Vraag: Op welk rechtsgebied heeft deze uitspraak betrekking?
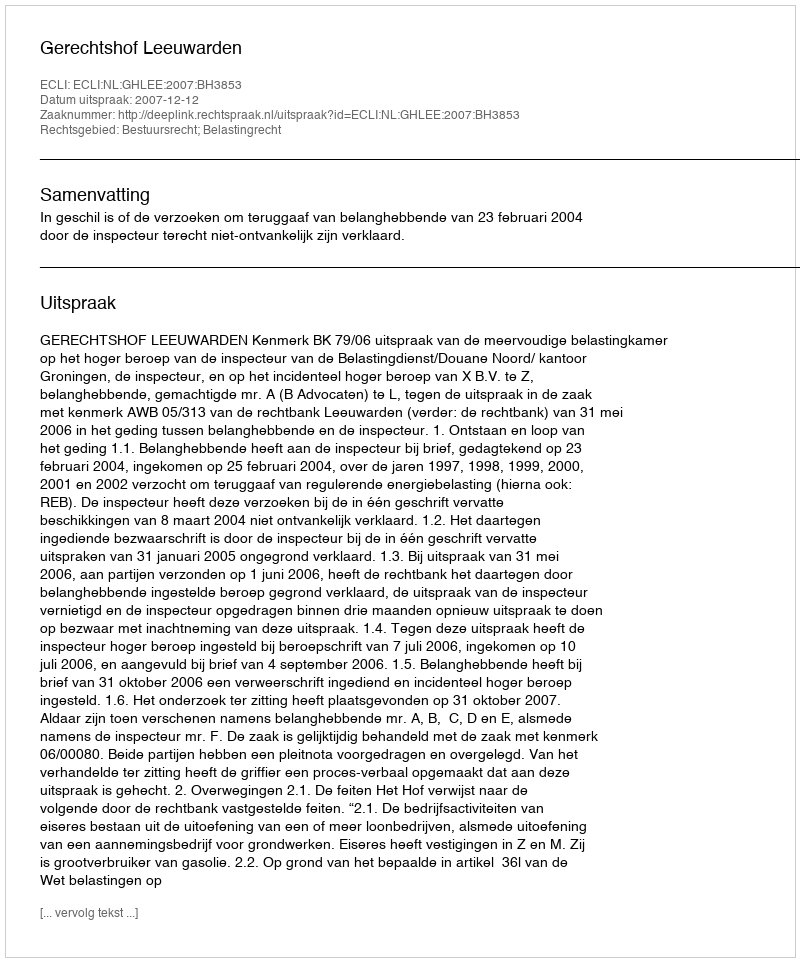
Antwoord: Bestuursrecht; Belastingrecht